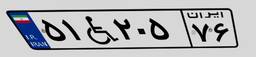
۴۳W۴۹۹۴۶